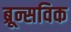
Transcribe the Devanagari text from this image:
ब्रून्सविक